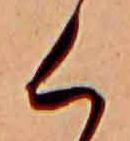
く